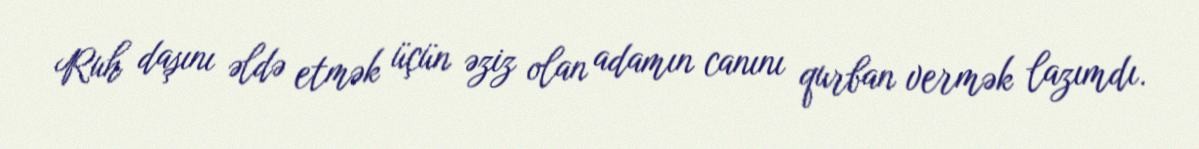
Ruh daşını əldə etmək üçün əziz olan adamın canını qurban vermək lazımdı.